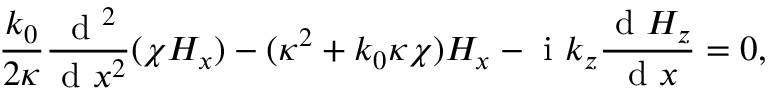
\frac { k _ { 0 } } { 2 \kappa } \frac { \mathrm { ~ d ~ } ^ { 2 } } { \mathrm { ~ d ~ } x ^ { 2 } } ( \chi H _ { x } ) - ( \kappa ^ { 2 } + k _ { 0 } \kappa \chi ) H _ { x } - \mathrm { ~ i ~ } k _ { z } \frac { \mathrm { ~ d ~ } H _ { z } } { \mathrm { ~ d ~ } x } = 0 ,